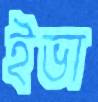
ইভা